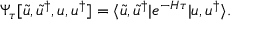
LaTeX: \Psi _ { \tau } [ \tilde { u } , \tilde { u } ^ { \dagger } , u , u ^ { \dagger } ] = \langle \tilde { u } , \tilde { u } ^ { \dagger } | e ^ { - H \tau } | u , u ^ { \dagger } \rangle .